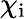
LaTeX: \chi_{\mathrm{i}}